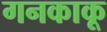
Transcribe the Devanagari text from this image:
गनकाकू